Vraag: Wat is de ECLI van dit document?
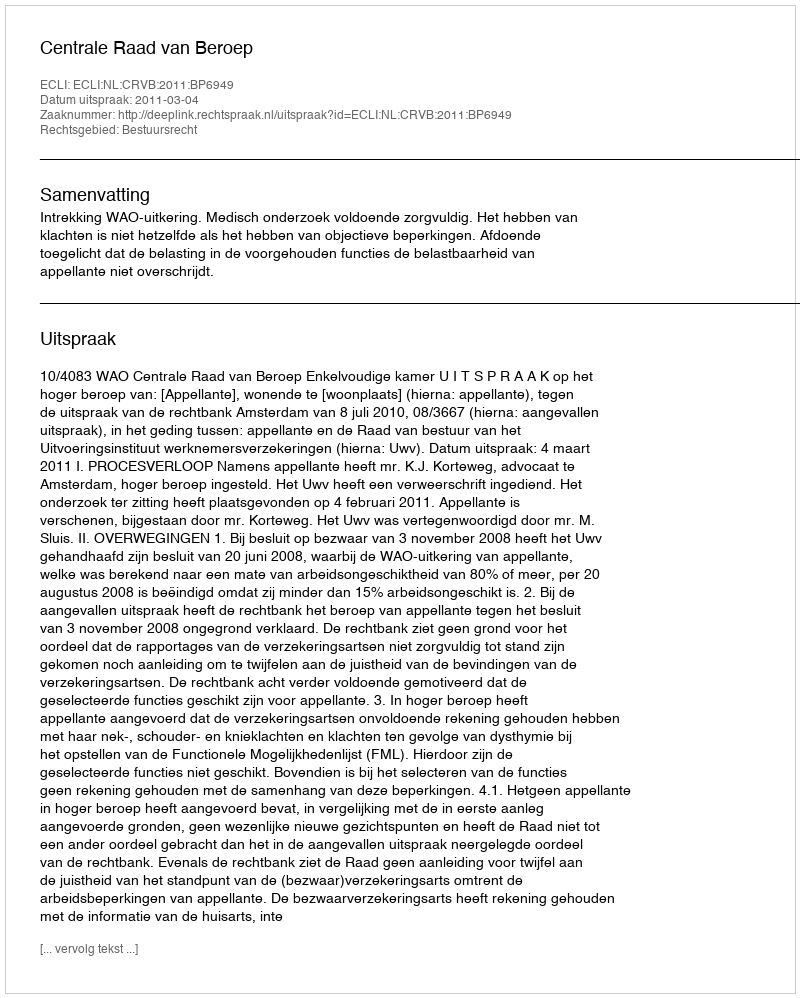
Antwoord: ECLI:NL:CRVB:2011:BP6949